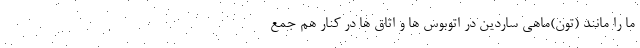
ما را مانند (تون)ماهی ساردین در اتوبوس ها و اتاق ها در کنار هم جمع